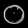
Digit: ၀